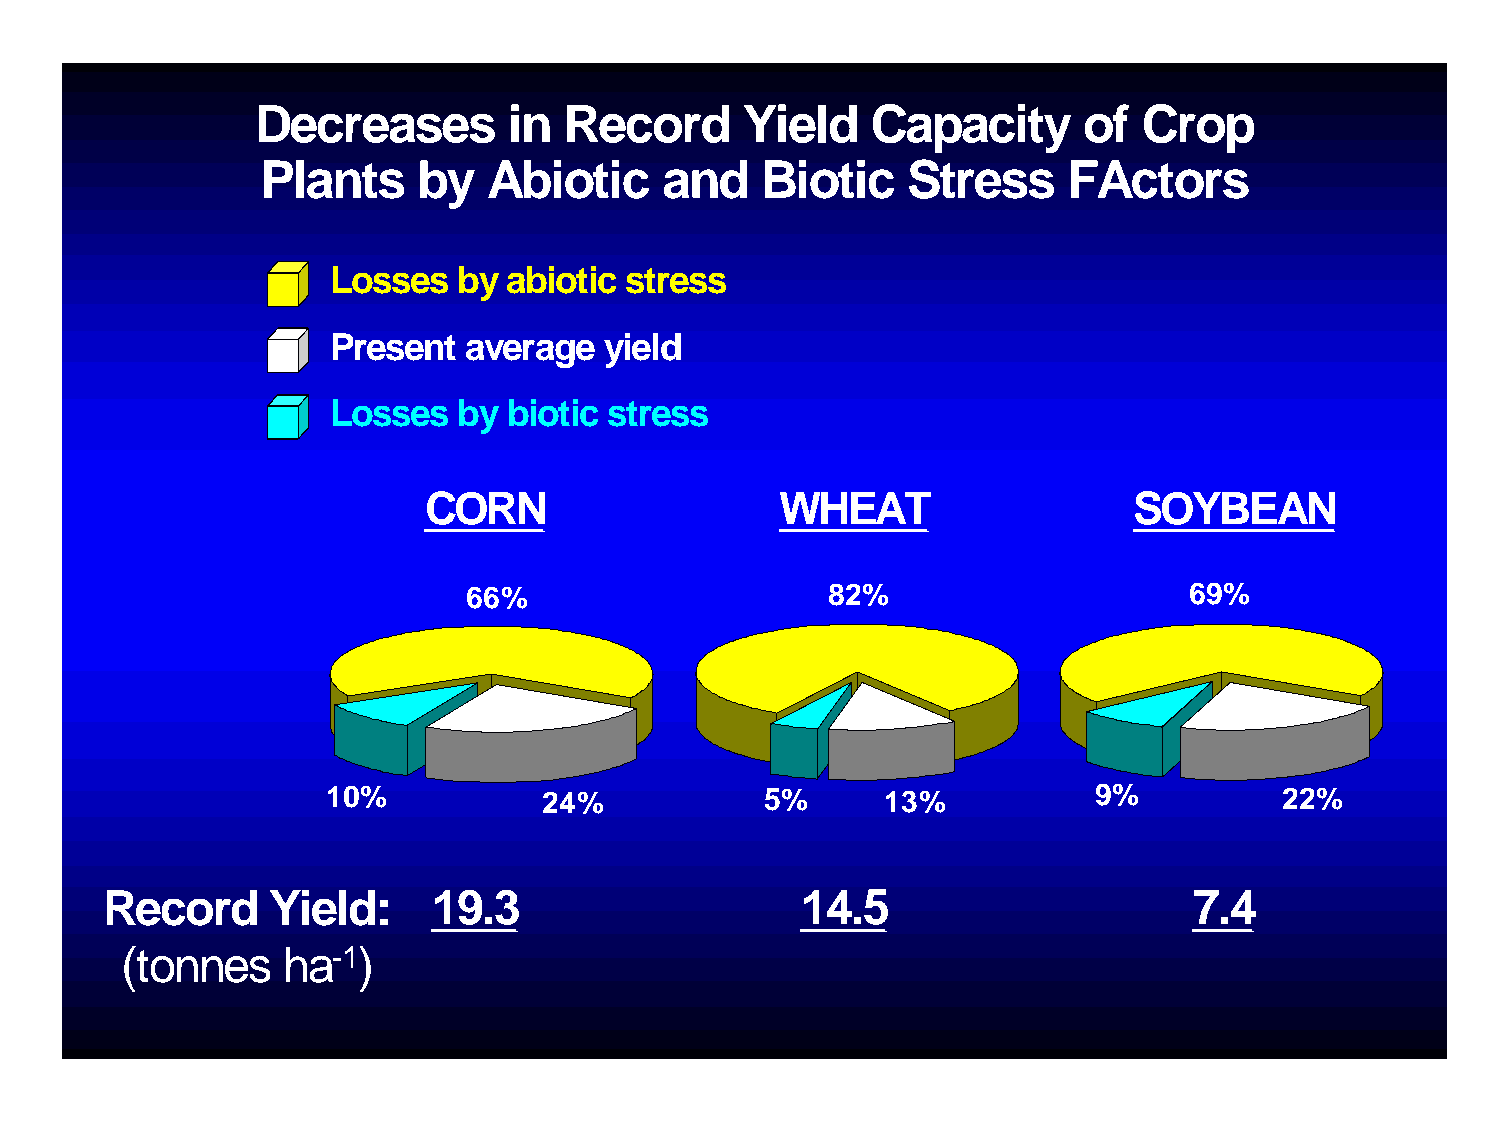
Decreases        in Record      Yield    Capacity      of  Crop
 Plants     by  Abiotic     and   Biotic    Stress     FActors
 Losses  by  abiotic stress
 Present  average  yield
 Losses  by  biotic stress
 CORN                    WHEAT                  SOYBEAN
 66%                     82%                     69%
 10%           24%            5%      13%          9%           22%
 Record     Yield:     19.3                    14.5                      7.4
 (tonnes    ha-1)